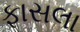
ફાસલા